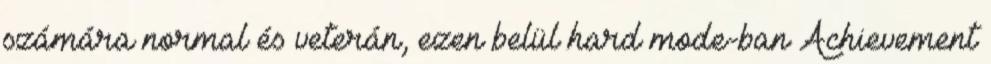
számára normal és veterán, ezen belül hard mode-ban Achievement